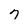
Character: 7